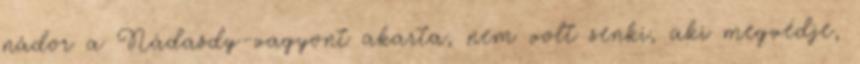
nádor a Nádasdy-vagyont akarta, nem volt senki, aki megvédje,